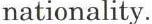
nationality.